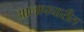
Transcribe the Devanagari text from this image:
आलापचारीत